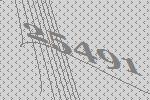
25491